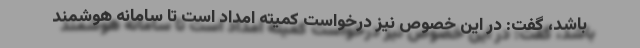
باشد، گفت: در این خصوص نیز درخواست کمیته امداد است تا سامانه هوشمند